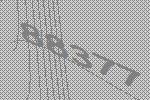
88377